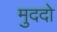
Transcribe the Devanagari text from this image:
मुददो